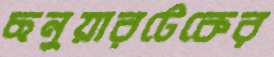
ছনুয়ারটেকের